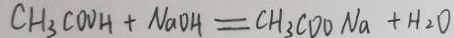
C H _ { 3 } C O O H + N a O H = C H _ { 3 } C O O N a + H _ { 2 } O